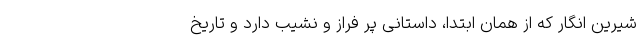
شیرین انگار که از همان ابتدا، داستانی پر فراز و نشیب دارد و تاریخ